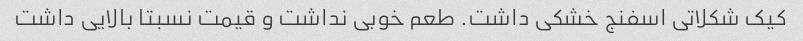
کیک شکلاتی اسفنج خشکی داشت. طعم خوبی نداشت و قیمت نسبتا بالایی داشت